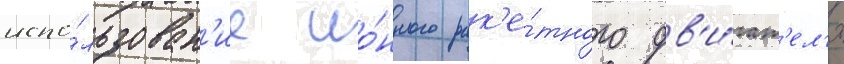
испо́льзован'ие ио́нного рак'е́тного дв'и́гат'ел'я